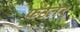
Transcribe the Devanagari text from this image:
फउलर